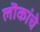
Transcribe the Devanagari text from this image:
लॊकांचे